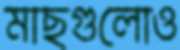
মাছগুলোও